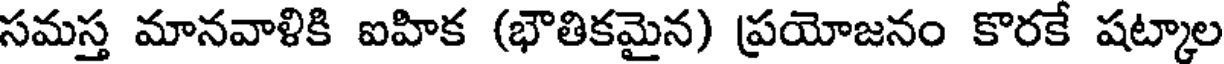
సమస్త మానవాళికి ఐహిక (భౌతికమైన) ప్రయోజనం కొరకే షట్కాల